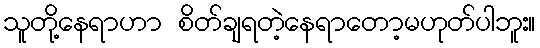
သူတို့နေရာဟာ စိတ်ချရတဲ့နေရာတော့မဟုတ်ပါဘူး။